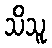
သိသူ